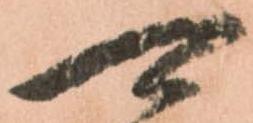
可